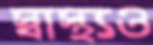
স্বাস্থ্যও